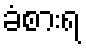
ခံစားရ